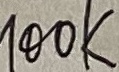
Text: 100K